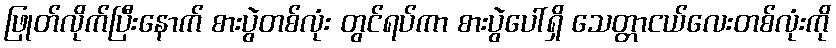
ဖြုတ်လိုက်ပြီးနောက် စားပွဲတစ်လုံး တွင်ရပ်ကာ စားပွဲပေါ်ရှိ သေတ္တာငယ်လေးတစ်လုံးကို